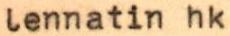
lennatin hk